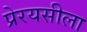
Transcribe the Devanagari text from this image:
प्रेरयसीला